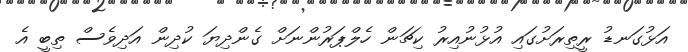
އަޅުގަނޑު ރީތިރަށުގައި އުޅުނުއިރު ކިޗަން ހެލްޕަރުންނަށް ގެންދިޔަ ކުދިން އަދިވެސް ތިބީ އެ